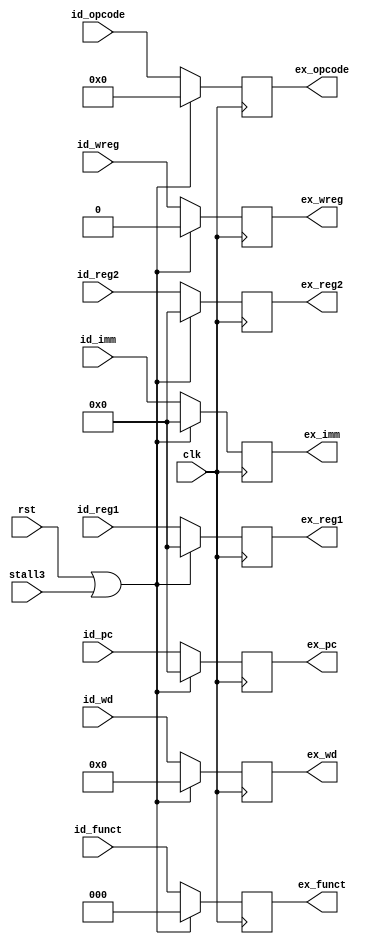
module id_ex(
    input wire clk,
    input wire rst,
    //id
    input wire[31:0] id_pc,
    input wire[31:0] id_reg1,
    input wire[31:0] id_reg2,
    input wire[6:0] id_opcode,
    input wire[2:0] id_funct,
    input wire[4:0] id_wd,
    input wire id_wreg,
    input wire[31:0] id_imm,
    //ex
    output reg[31:0] ex_pc,
    output reg[31:0] ex_reg1,
    output reg[31:0] ex_reg2,
    output reg[6:0] ex_opcode,
    output reg[2:0] ex_funct,
    output reg[4:0] ex_wd,
    output reg ex_wreg,
    output reg[31:0] ex_imm,
    //stall
    input wire stall3
);

    always @(posedge clk) begin
        if(rst == 1'b1 || stall3 == 1'b1) begin
            ex_pc <= 32'h0;
            ex_reg1 <= 32'h0;
            ex_reg2 <= 32'h0;
            ex_opcode <= 7'b0;
            ex_funct <= 3'b0;
            ex_wd <= 5'b0;
            ex_wreg <= 1'b0;
            ex_imm <= 32'h0;
        end else begin
            ex_pc <= id_pc;
            ex_reg1 <= id_reg1;
            ex_reg2 <= id_reg2;
            ex_opcode <= id_opcode;
            ex_funct <= id_funct;
            ex_wd <= id_wd;
            ex_wreg <= id_wreg;
            ex_imm <= id_imm;
        end
    end
    
endmodule